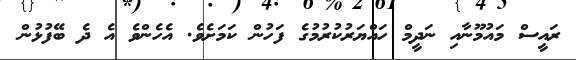
ރައީސް މައުމޫނާއި ނަދީމް ހައްޔަރުކުރުމުގެ ފަހުން ކަމަށެވެ. އެހެންވެ އެ ދެ ބޭފުޅުން